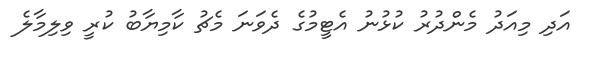
އަދި މިއަދު މެންދުރު ކުޅުނު އެޓީމުގެ ދެވަނަ މެޗު ކާމިޔާބު ކުރީ ވިލިމާލެ